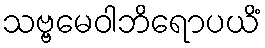
သဗ္ဗမေဝါဘိရောပယိံ